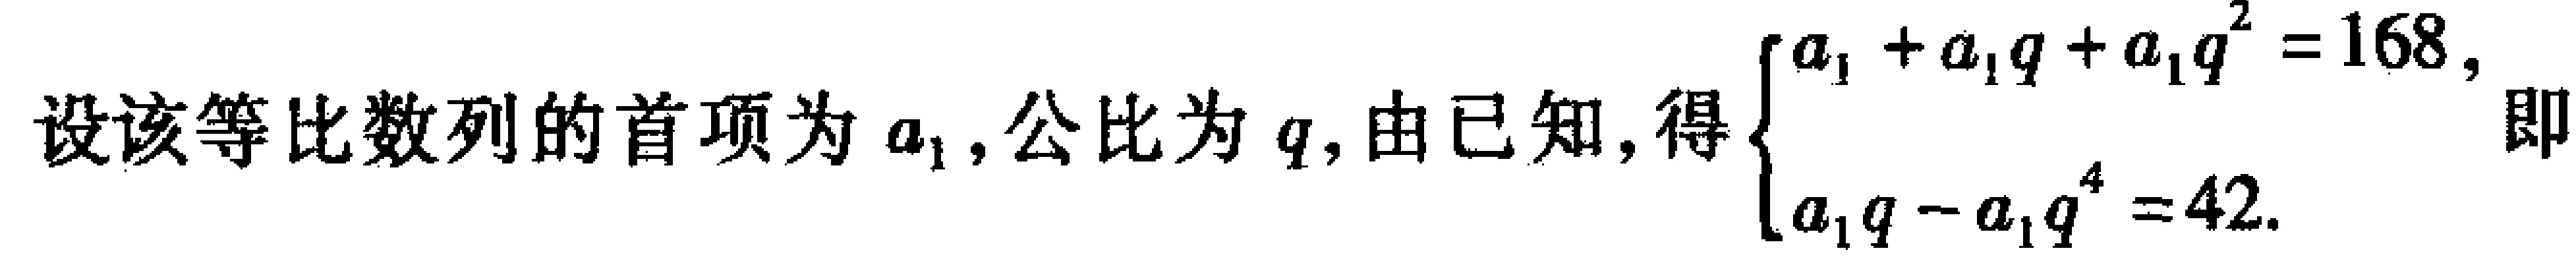
设该等比数列的首项为\(a_{1}\),公比为\(q\),由已知,得\(\begin{cases}a_{1} + a_{1}q + a_{1}q^{2} = 168,\\a_{1}q - a_{1}q^{4} = 42.\end{cases}\)即